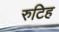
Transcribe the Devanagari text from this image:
रुटिह